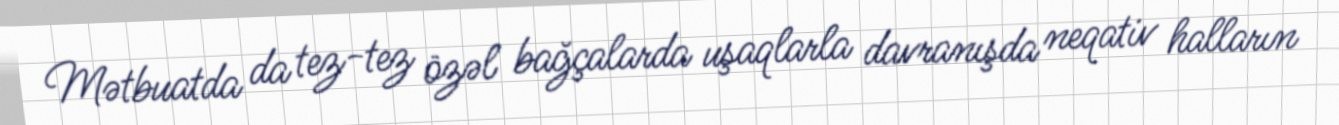
Mətbuatda da tez-tez özəl bağçalarda uşaqlarla davranışda neqativ halların